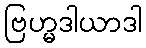
ဗြဟ္မဒါယာဒါ